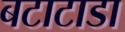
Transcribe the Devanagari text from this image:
बटाटाडा